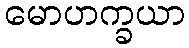
မောဟက္ခယာ